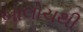
બાલોચથી